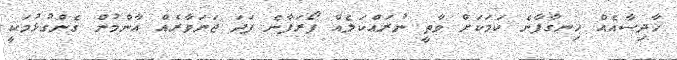
ހާދިސާއެއް ހިނގާފާނެ ކަމަކަށް ވާތީ ނުރައްކަލެއް ފޯރަފާނެ ފަދަ ޖަނަވާރެއް އާންމުން ގެންގުޅުމަކީ